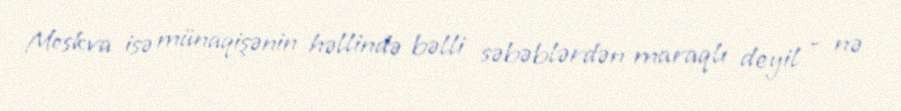
Moskva isə münaqişənin həllində bəlli səbəblərdən maraqlı deyil - nə